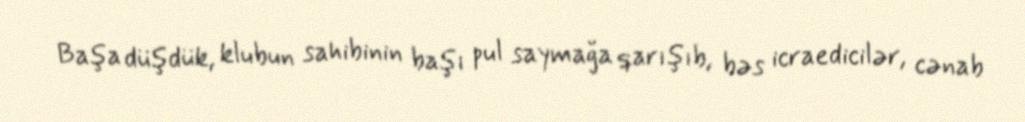
Başa düşdük, klubun sahibinin başı pul saymağa qarışıb, bəs icraedicilər, cənab